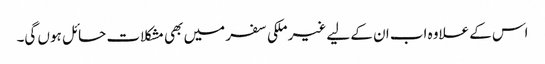
اس کے علاوہ اب ان کے لیے غیر ملکی سفر میں بھی مشکلات حائل ہوں گی۔